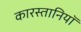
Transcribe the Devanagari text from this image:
कारस्तानियॉ